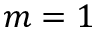
m = 1